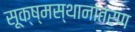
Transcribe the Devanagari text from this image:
सूक्ष्मस्थानांतरण